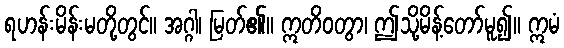
ရဟန်းမိန်းမတို့တွင်။ အဂ္ဂါ၊ မြတ်၏။ ဣတိဝတွာ၊ ဤသို့မိန့်တော်မူ၍။ ဣမံ